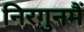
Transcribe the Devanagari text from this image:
निरगुनमैं